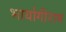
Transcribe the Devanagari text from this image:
भार्यागीराम